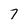
Character: 7